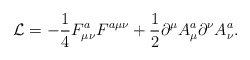
\begin{align*}{\cal L} = -{1\over 4} F^a_{\mu \nu} F^{a\mu \nu}+{1\over 2} \partial^{\mu}A_{\mu}^{a} \partial^{\nu}A_{\nu}^{a} .\end{align*}